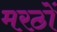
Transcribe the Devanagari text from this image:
मरठों